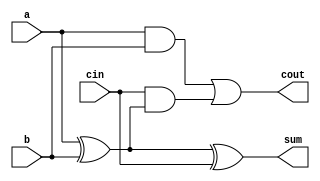
//Full Adder
module full_adder(input a,
                  input b,
				  input cin,
				  output sum,
				  output cout);
				  
	
	assign sum =a^b^cin;
	assign cout= (a&b)|(cin&(a^b));
	
endmodule